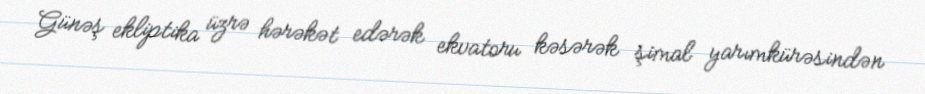
Günəş ekliptika üzrə hərəkət edərək ekvatoru kəsərək şimal yarımkürəsindən